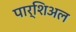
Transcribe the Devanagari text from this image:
पार्शिअल